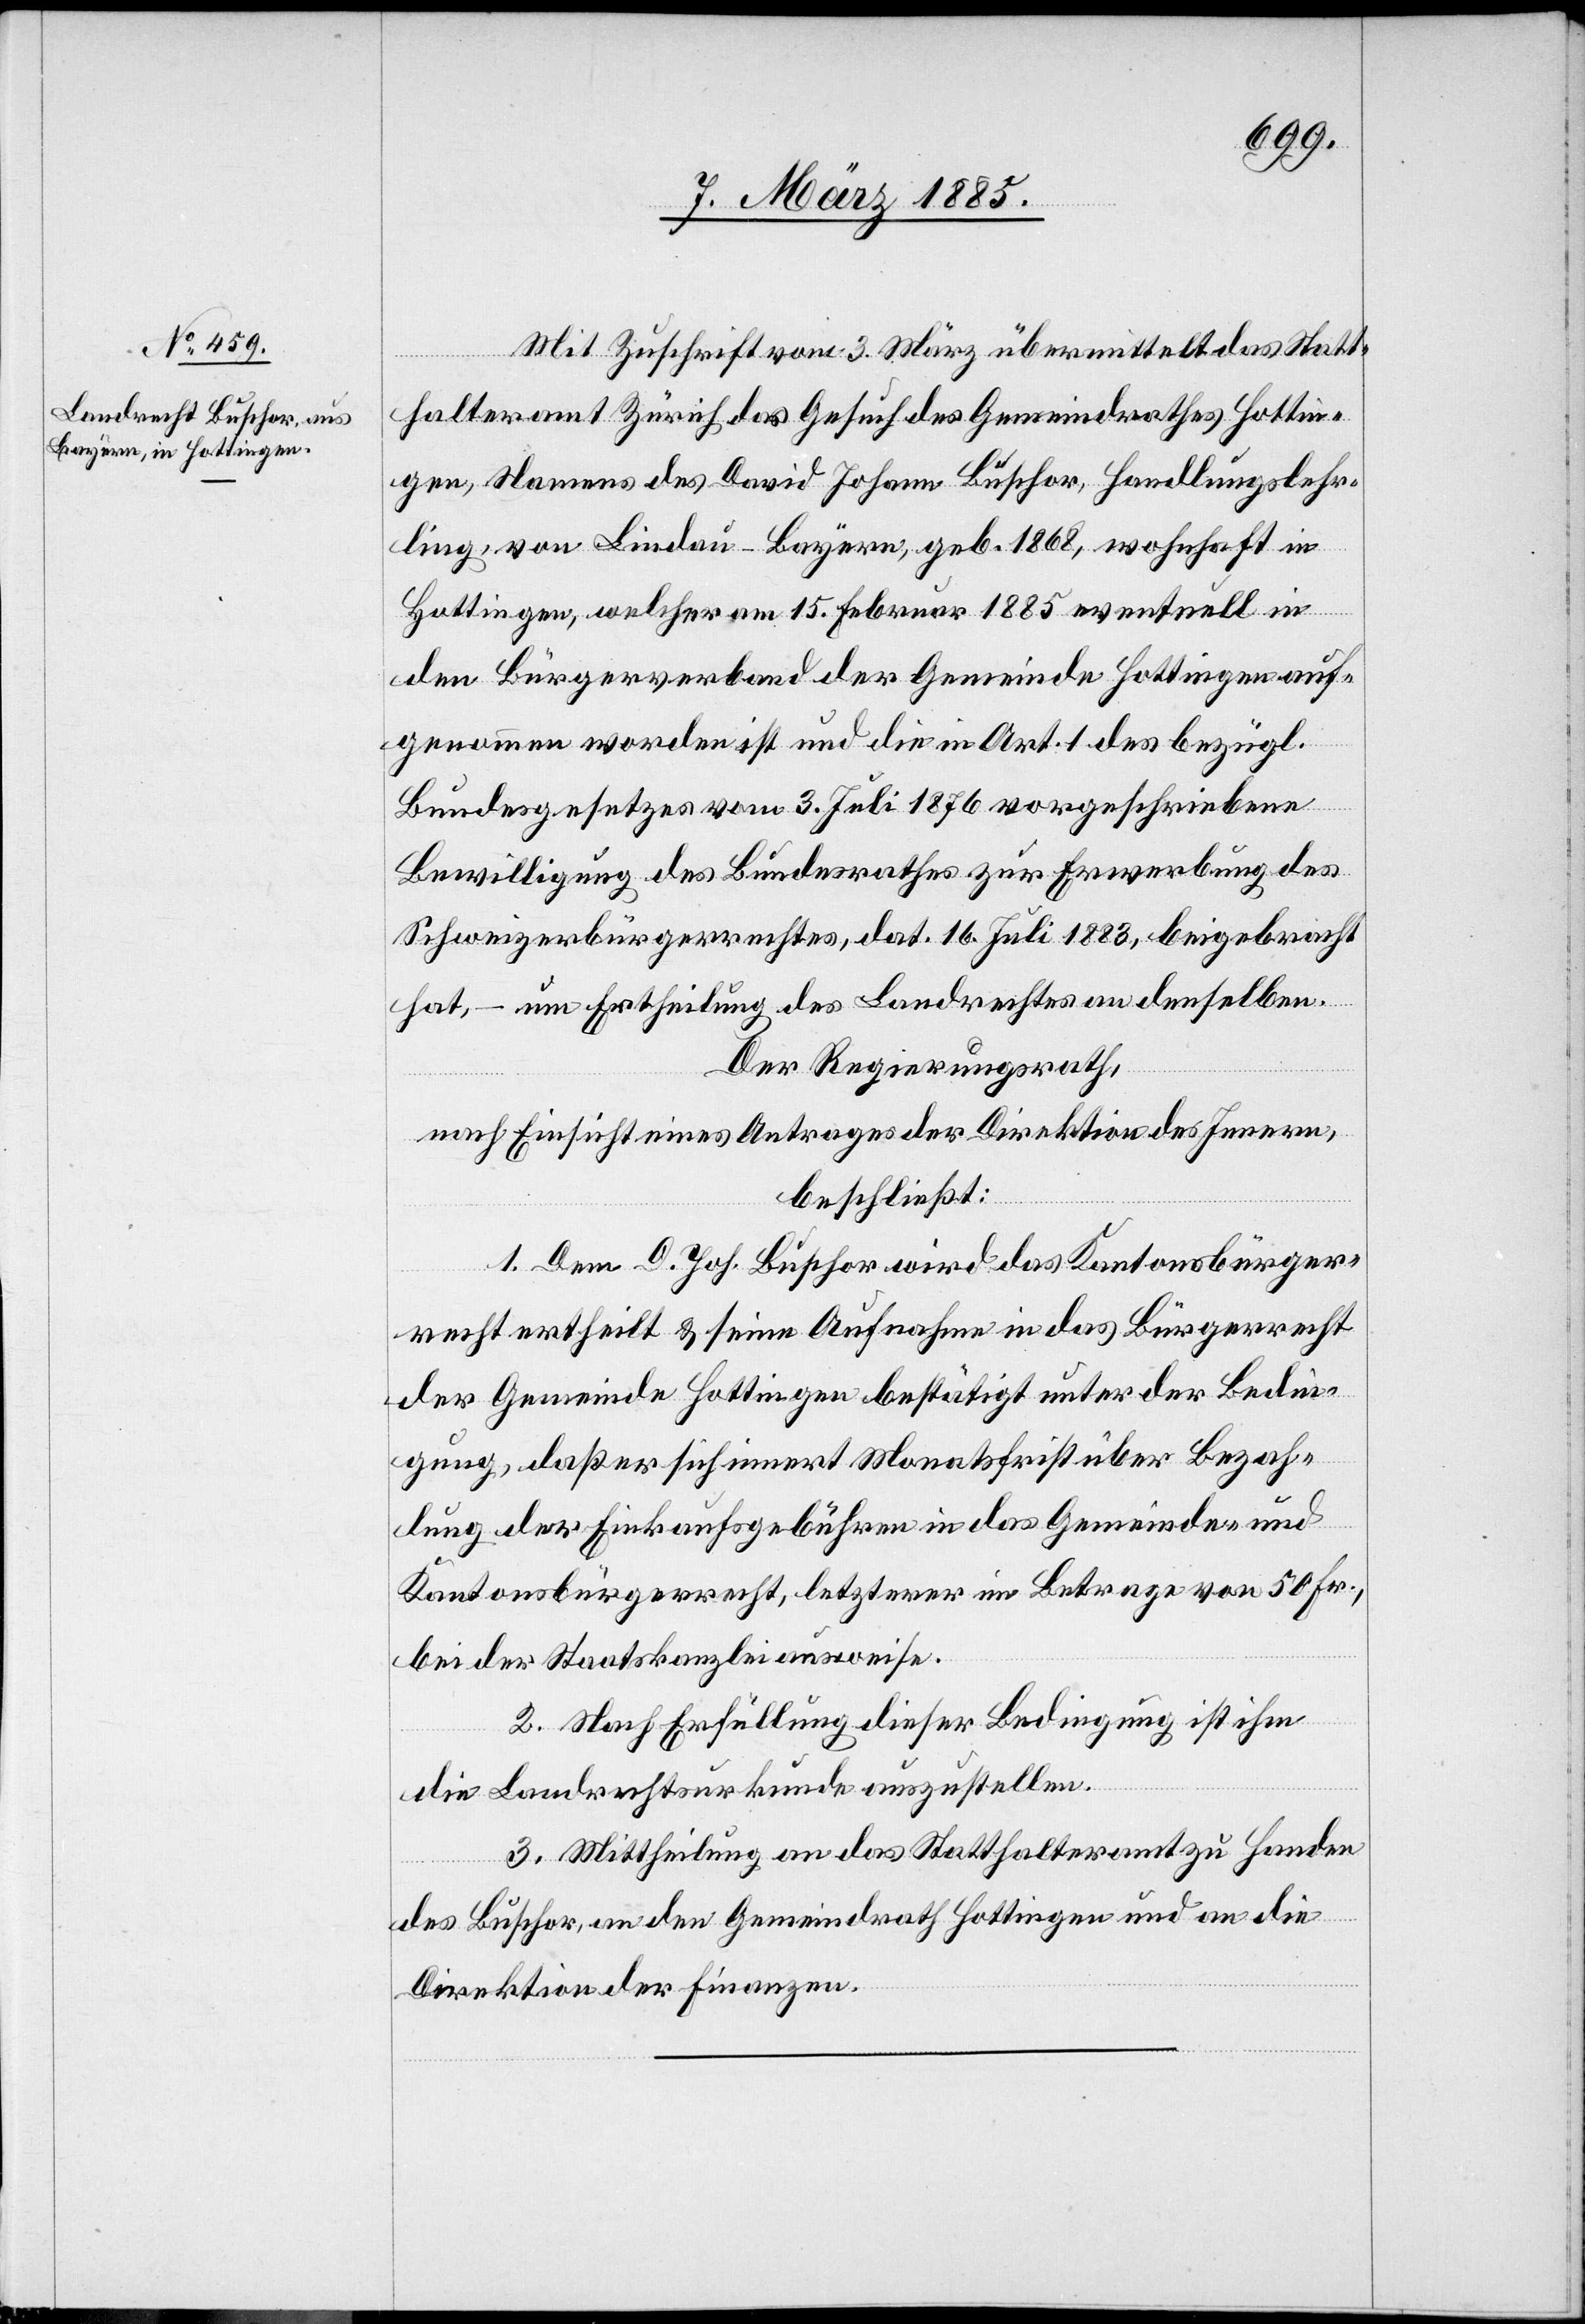
Mit Zuschrift vom 3. März übermittelt das Statt¬
halteramt Zürich das Gesuch des Gemeindrathes Hottin¬
gen, Namens des David Johann Buschor, Handlungslehr¬
ling, von Lindau - Bayern, geb. 1868, wohnhaft in
Hottingen, welcher am 15. Februar 1885 eventuell in
den Bürgerverband der Gemeinde Hottingen auf¬
genommen worden ist und die in Art. 1 des bezügl.
Bundesgesetzes vom 3. Juli 1876 vorgeschriebene
Bewilligung des Bundesrathes zur Erwerbung des
Schweizerbürgerrechtes, dat. 16. Juli 1883, beigebracht
hat, – um Ertheilung des Landrechtes an denselben.
Der Regierungsrath,
nach Einsicht eines Antrages der Direktion des Innern,
beschließt:
1. Dem D. Joh. Buschor wird das Kantonsbürger¬
recht ertheilt & seine Aufnahme in das Bürgerrecht
der Gemeinde Hottingen bestätigt unter der Bedin¬
gung das er sich innert Monatsfrist über Bezah¬
lung der Einkaufsgebühren in das Gemeinde- und
Kantonsbürgerrecht, letzterer im Betrage von 50 Fr.,
bei der Staatskanzlei ausweise.
2. Nach Erfüllung dieser Bedingung ist ihm
die Landrechtsurkunde auszustellen.
3. Mittheilung an das Statthalteramt zu Handen
des Buschor, an den Gemeindrath Hottingen und an die
Direktion der Finanzen.